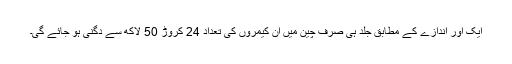
ایک اور اندازے کے مطابق جلد ہی صرف چین میں ان کیمروں کی تعداد 24 کروڑ 50 لاکھ سے دُگنی ہو جائے گی۔